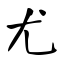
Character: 尤